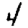
Digit: 4